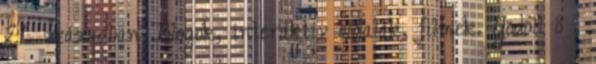
21. században Blogok, interaktív oldalak, filmek. Gödöll ő i